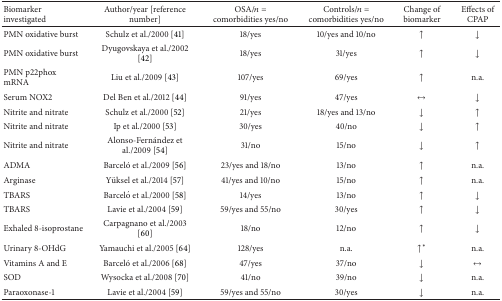
<table><thead><tr><td><b>Biomarker investigated</b></td><td><b>Author/year [reference number]</b></td><td><b>OSA/<i>n</i> = comorbidities yes/no</b></td><td><b>Controls/<i>n</i> = comorbidities yes/no</b></td><td><b>Change of biomarker</b></td><td><b>Effects of CPAP</b></td></tr></thead><tbody><tr><td>PMN oxidative burst</td><td>Schulz et al./2000 [41]</td><td>18/yes</td><td>10/yes and 10/no</td><td>↑</td><td>↓</td></tr><tr><td>PMN oxidative burst</td><td>Dyugovskaya et al./2002 [42]</td><td>18/yes</td><td>31/yes</td><td>↑</td><td>↓</td></tr><tr><td>PMN p22phox mRNA</td><td>Liu et al./2009 [43]</td><td>107/yes</td><td>69/yes</td><td>↑</td><td>n.a.</td></tr><tr><td>Serum NOX2</td><td>Del Ben et al./2012 [44]</td><td>91/yes</td><td>47/yes</td><td><i>↔</i></td><td>↓</td></tr><tr><td>Nitrite and nitrate</td><td>Schulz et al./2000 [52]</td><td>21/yes</td><td>18/yes and 13/no</td><td>↓</td><td>↑</td></tr><tr><td>Nitrite and nitrate</td><td>Ip et al./2000 [53]</td><td>30/yes</td><td>40/no</td><td>↓</td><td>↑</td></tr><tr><td>Nitrite and nitrate</td><td>Alonso-Fernández et al./2009 [54]</td><td>31/no</td><td>15/no</td><td>↓</td><td>↑</td></tr><tr><td>ADMA</td><td>Barceló et al./2009 [56]</td><td>23/yes and 18/no</td><td>13/no</td><td>↑</td><td>n.a.</td></tr><tr><td>Arginase</td><td>Yüksel et al./2014 [57]</td><td>41/yes and 10/no</td><td>15/no</td><td>↑</td><td>n.a.</td></tr><tr><td>TBARS</td><td>Barceló et al./2000 [58]</td><td>14/yes</td><td>13/no</td><td>↑</td><td>↓</td></tr><tr><td>TBARS</td><td>Lavie et al./2004 [59]</td><td>59/yes and 55/no</td><td>30/yes</td><td>↑</td><td>↓</td></tr><tr><td>Exhaled 8-isoprostane</td><td>Carpagnano et al./2003 [60]</td><td>18/no</td><td>12/no</td><td>↑</td><td>↓</td></tr><tr><td>Urinary 8-OHdG</td><td>Yamauchi et al./2005 [64]</td><td>128/yes</td><td>n.a.</td><td>↑<sup><i>∗</i></sup></td><td>n.a.</td></tr><tr><td>Vitamins A and E</td><td>Barceló et al./2006 [68]</td><td>47/yes</td><td>37/no</td><td>↓</td><td><i>↔</i></td></tr><tr><td>SOD</td><td>Wysocka et al./2008 [70]</td><td>41/no</td><td>39/no</td><td>↓</td><td>n.a.</td></tr><tr><td>Paraoxonase-1</td><td>Lavie et al./2004 [59]</td><td>59/yes and 55/no</td><td>30/yes</td><td>↓</td><td>n.a.</td></tr></tbody></table>